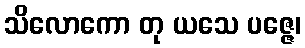
သိလောကော တု ယသေ ပဇ္ဇေ၊